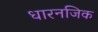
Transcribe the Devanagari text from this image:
धारनजिक